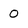
Character: 0